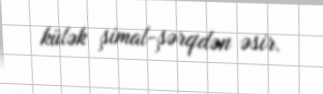
külək şimal-şərqdən əsir.